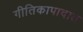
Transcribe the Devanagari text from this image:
गीतिकापादात